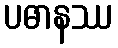
ပဓာနဿ